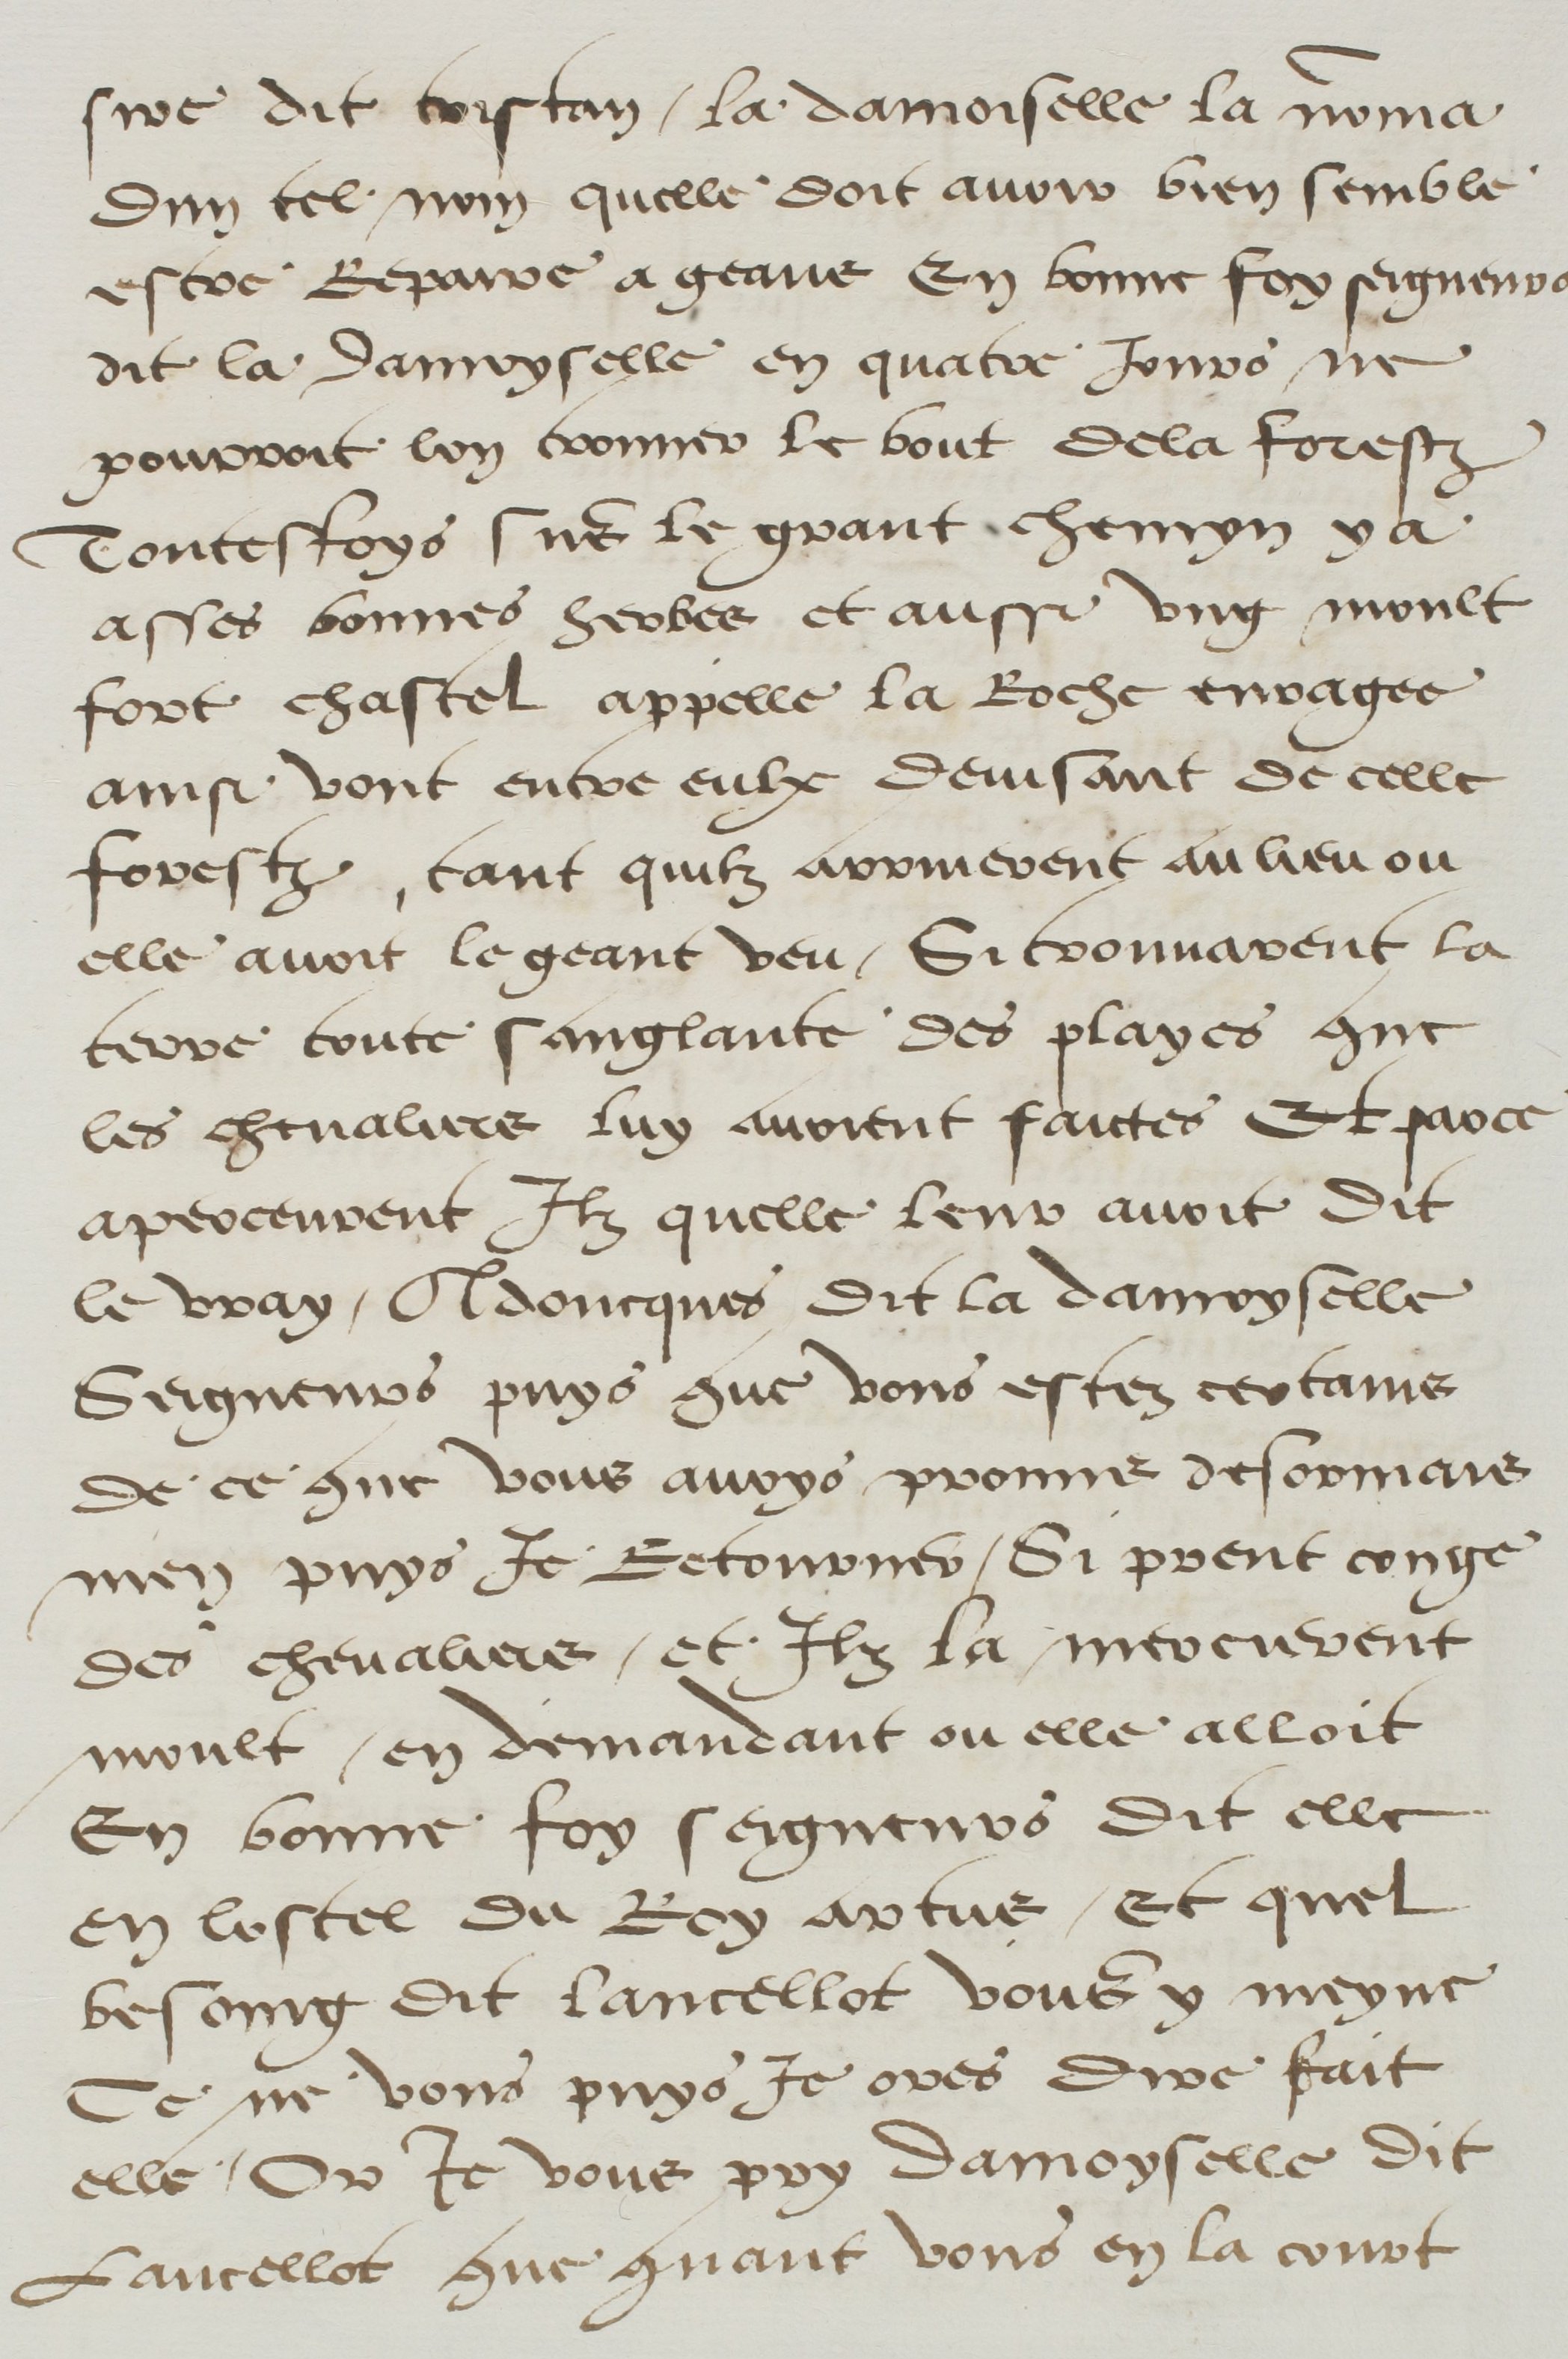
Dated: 1500–1599